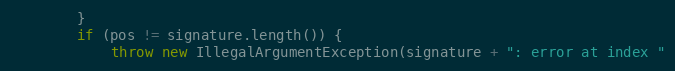
Language: Java
        }
        if (pos != signature.length()) {
            throw new IllegalArgumentException(signature + ": error at index "